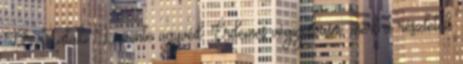
Dr. Zataki Levente ügyvéd. Érdemes végigolvasni, mert a részletek